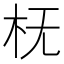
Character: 𬂠